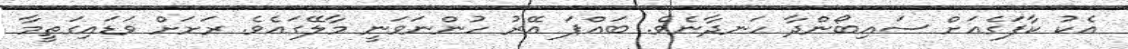
އެކު ކާފަގެއަށް ސައިބޯންދާ ހަނދާނެވެ. ބައްޕަ އޭރު ހުންނަވަނީ މާލޭގައެވެ. ރަށަށް ވަޑައިގަތީމާ